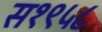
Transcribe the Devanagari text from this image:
स१९५८